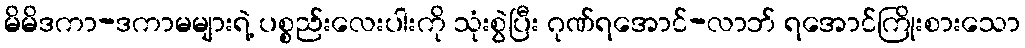
မိမိဒကာ-ဒကာမများရဲ့ ပစ္စည်းလေးပါးကို သုံးစွဲပြီး ဂုဏ်ရအောင်-လာဘ် ရအောင်ကြိုးစားသော